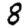
Digit: 8